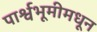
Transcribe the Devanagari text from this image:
पार्श्वभूमीमधून